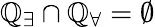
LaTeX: \mathbb{Q}_{\exists}\cap\mathbb{Q}_{\forall}=\emptyset